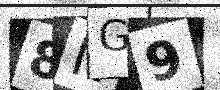
Text: 8NG9